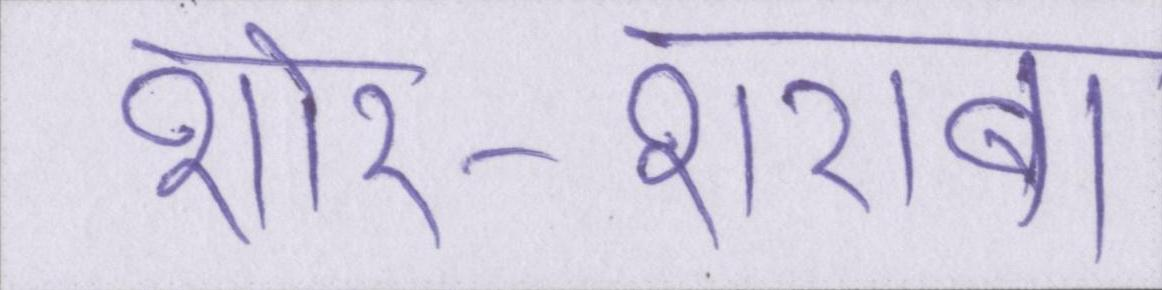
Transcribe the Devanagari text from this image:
शोर-शराबा